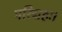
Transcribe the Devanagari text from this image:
परिग्रहः।